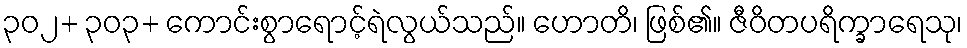
၃၀၂+ ၃၀၃+ ကောင်းစွာရောင့်ရဲလွယ်သည်။ ဟောတိ၊ ဖြစ်၏။ ဇီဝိတပရိက္ခာရေသု၊